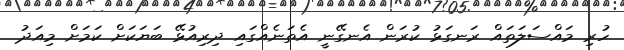
ހުރި މައްސަލަތައް ރަނގަޅު ކުރަން އެނގޭނީ އެތަނެއްގައި ދިރިއުޅޭ ބަޔަކަށް ކަމަށް މިއަދު